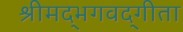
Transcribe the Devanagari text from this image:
श्रीमद्‌भगवद्‍गीता